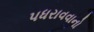
પધરાવવાનો